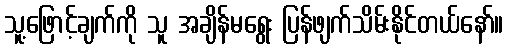
သူ့ဖြောင့်ချက်ကို သူ အချိန်မရွေး ပြန်ဖျက်သိမ်းနိုင်တယ်နော်။